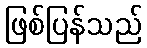
ဖြစ်ပြန်သည်